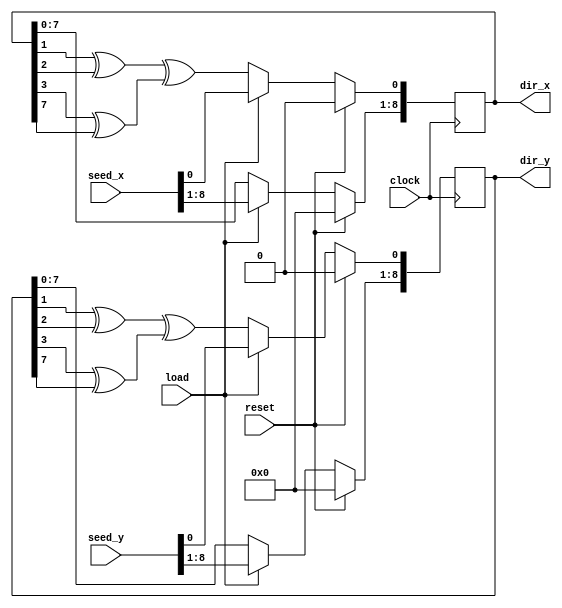
`timescale 1ns / 1ps
//////////////////////////////////////////////////////////////////////////////////
// Company: 
// Engineer: 
// 
// Design Name: 
// Module Name: lfsr
// Project Name: 
// Target Devices: 
// Tool Versions: 
// Description: 
// 
// Dependencies: 
// 
// Revision:
// Revision 0.01 - File Created
// Additional Comments:
// 
//////////////////////////////////////////////////////////////////////////////////

module lfsr(clock,reset,load,seed_x,seed_y,dir_x,dir_y);
input clock,reset,load;
input [8:0] seed_x,seed_y;
output reg [8:0] dir_x,dir_y;


always@(posedge clock)
begin
    if(reset)
    begin
        dir_x<=9'b0;
        dir_y<=9'b0;
    end
    else if(load)
    begin
        dir_x<=seed_x;
        dir_y<=seed_y;
    end
    else
    begin
        dir_x[8:1]<=dir_x[7:0];
        dir_x[0]<= (dir_x[1] ^ dir_x[2]) ^ (dir_x[3] ^ dir_x[7]);
        dir_y[8:1]<=dir_y[8:0];
        dir_y[0]<= (dir_y[1] ^ dir_y[2]) ^ (dir_y[3] ^ dir_y[7]);
    end
 end
 
 endmodule